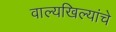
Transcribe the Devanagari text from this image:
वाल्यखिल्यांचे